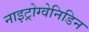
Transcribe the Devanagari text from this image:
नाइट्रोग्वेनिडिन